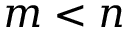
m < n